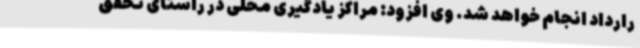
رارداد انجام خواهد شد. وی افزود: مراکز یادگیری محلی در راستای تحقق